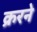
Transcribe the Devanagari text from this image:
क्ररने